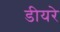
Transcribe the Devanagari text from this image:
डीयरे